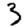
Digit: 3